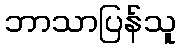
ဘာသာပြန်သူ